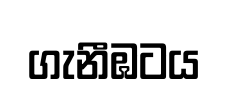
ගැනීඹටය